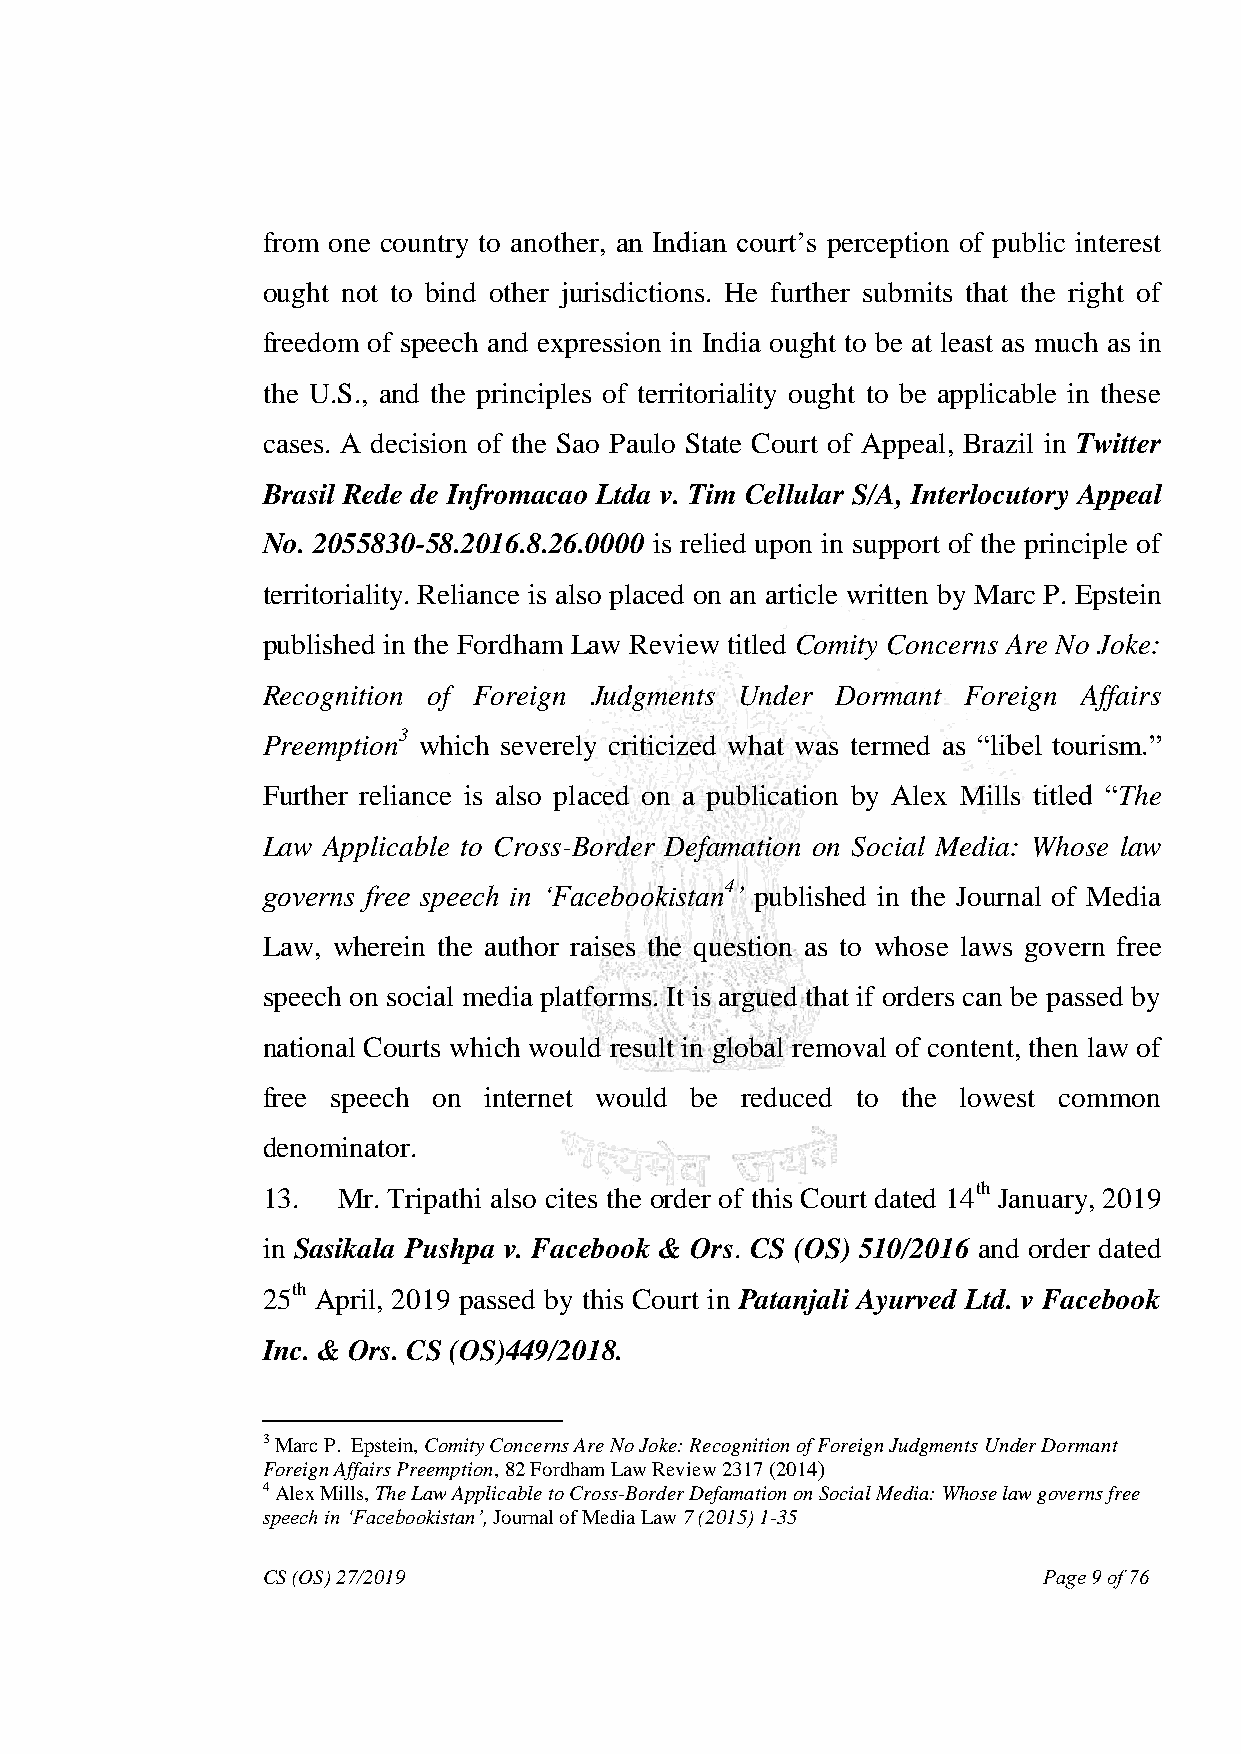
from one country to another, an Indian court‟s perception of public interest
 ought not to bind other jurisdictions. He further submits that the right of
 freedom of speech and expression in India ought to be at least as much as in
 the U.S., and the principles of territoriality ought to be applicable in these
 cases. A decision of the Sao Paulo State Court of Appeal, Brazil in Twitter
 Brasil Rede de Infromacao Ltda v. Tim Cellular S/A, Interlocutory Appeal
 No. 2055830-58.2016.8.26.0000 is relied upon in support of the principle of
 territoriality. Reliance is also placed on an article written by Marc P. Epstein
 published in the Fordham Law Review titled Comity Concerns Are No Joke:
 Recognition of Foreign Judgments Under Dormant Foreign Affairs
 Preemption3 which severely criticized what was termed as “libel tourism.”
 Further reliance is also placed on a publication by Alex Mills titled “The
 Law Applicable to Cross-Border Defamation on Social Media: Whose law
 governs free speech in ‗Facebookistan4‘ published in the Journal of Media
 Law, wherein the author raises the question as to whose laws govern free
 speech on social media platforms. It is argued that if orders can be passed by
 national Courts which would result in global removal of content, then law of
 free speech on internet would be reduced to the lowest common
 denominator.
 13.  Mr. Tripathi also cites the order of this Court dated 14th January, 2019
 in Sasikala Pushpa v. Facebook & Ors. CS (OS) 510/2016 and order dated
 25th April, 2019 passed by this Court in Patanjali Ayurved Ltd. v Facebook
 Inc. & Ors. CS (OS)449/2018.
 3 Marc P. Epstein, Comity Concerns Are No Joke: Recognition of Foreign Judgments Under Dormant
 Foreign Affairs Preemption, 82 Fordham Law Review 2317 (2014)
 4 Alex Mills, The Law Applicable to Cross-Border Defamation on Social Media: Whose law governs free
 speech in ‗Facebookistan‘, Journal of Media Law 7 (2015) 1-35
 CS (OS) 27/2019                                     Page 9 of 76